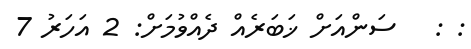
: :   ސަންއަށް ޚަބަރެއް ދެއްވުމަށް: 2 އަހަރު 7